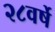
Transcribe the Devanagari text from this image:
२८वर्षे